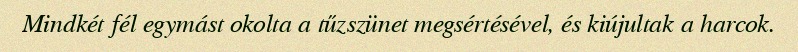
Mindkét fél egymást okolta a tűzszünet megsértésével, és kiújultak a harcok.